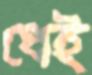
ধেই